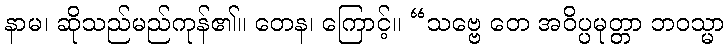
နာမ၊ ဆိုသည်မည်ကုန်၏။ တေန၊ ကြောင့်။ “သဗ္ဗေ တေ အဝိပ္ပမုတ္တာ ဘဝသ္မာ